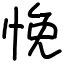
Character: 悗